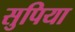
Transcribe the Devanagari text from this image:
सुपिया